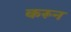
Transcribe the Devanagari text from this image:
करून